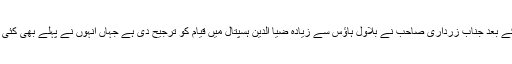
اگرچہ ضمانت کے بعد جناب زرداری صاحب نے بلاول ہاؤس سے زیادہ ضیا الدین ہسپتال میں قیام کو ترجیح دی ہے جہاں انہوں نے پہلے بھی کئی سال گزارے ہیں۔